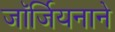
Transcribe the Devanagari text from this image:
जॉर्जियनाने